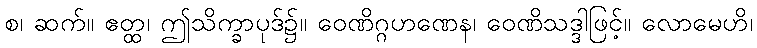
စ၊ ဆက်။ ဧတ္ထ၊ ဤသိက္ခာပုဒ်၌။ ဝေဏိဂ္ဂဟဏေန၊ ဝေဏိသဒ္ဒါဖြင့်။ လောမေဟိ၊